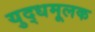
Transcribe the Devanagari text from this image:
युद्धमूलक